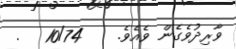
ވާރިދުވެގެން ވެއެވެ.    10/74   .